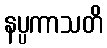
နပ္ပကာသတိ